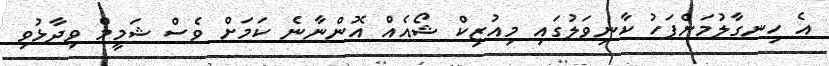
އެ ހިނގާލުމަށްފަހު ކާނިވަލުގައި މިއުޒިކް ޝޯއެއް އޮންނާނެ ކަމަށް ވެސް ޝަމީމް ވިދާޅުވި